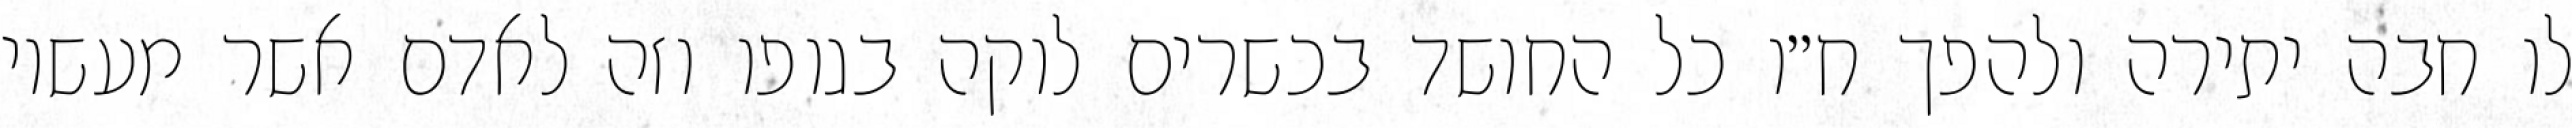
לו חבה יתירה ולהפך ח״ו כל החושד בכשרים לוקה בגופו וזה לאדם אשר מעשיו